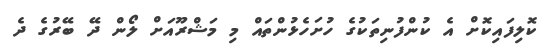
ކޮލިފައިކޮށް އެ ކުންފުނިތަކުގެ ހުށަހެޅުންތައް މި މަޝްރޫއަށް ލޯން ދޭ ބޭރުގެ ދެ